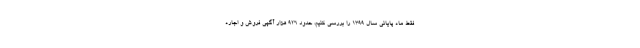
فقط ماه پایانی سال ۱۳۹۹ را بررسی کنیم، حدود ۹۲۶ هزار آگهی فروش و اجاره